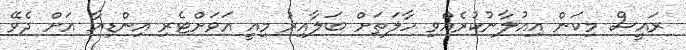
ރައީސް މިކަން އިއުލާނުކުރެއްވި ހާލަތަށް ބަލާއިރު މިއީ އަވަށްޓެރި އިންޑިއާ އަށް ދެވޭ